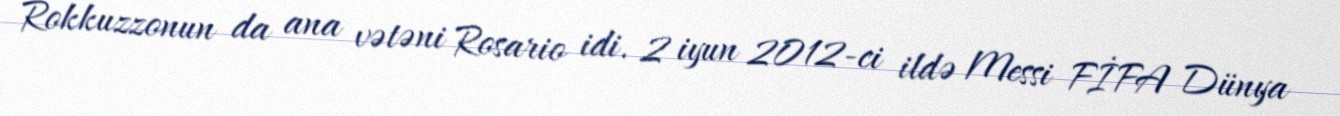
Rokkuzzonun da ana vətəni Rosario idi. 2 iyun 2012-ci ildə Messi FİFA Dünya